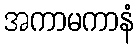
အကာမကာနံ